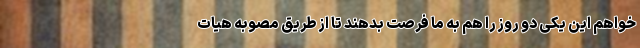
خواهم این یکی دو روز را هم به ما فرصت بدهند تا از طریق مصوبه هیات